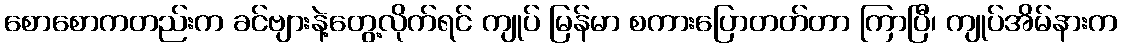
စောစောကတည်းက ခင်ဗျားနဲ့တွေ့လိုက်ရင် ကျုပ် မြန်မာ စကားပြောတတ်တာ ကြာပြီ၊ ကျုပ်အိမ်နားက